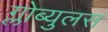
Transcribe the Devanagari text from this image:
ग्लोब्युलस